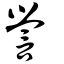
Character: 謍